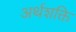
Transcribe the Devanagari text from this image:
अर्थशक्ति